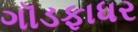
ગૉડફાધર